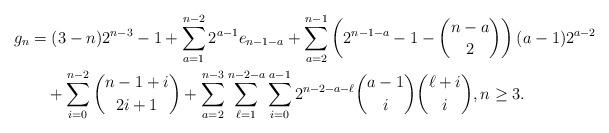
LaTeX: \begin{align*}g_n&=(3-n)2^{n-3}-1+\sum_{a=1}^{n-2}2^{a-1}e_{n-1-a}+\sum_{a=2}^{n-1}\left(2^{n-1-a}-1-\binom{n-a}{2}\right)(a-1)2^{a-2}\\&\quad+\sum_{i=0}^{n-2}\binom{n-1+i}{2i+1}+\sum_{a=2}^{n-3}\sum_{\ell=1}^{n-2-a}\sum_{i=0}^{a-1}2^{n-2-a-\ell}\binom{a-1}{i}\binom{\ell+i}{i}, n \geq 3.\end{align*}